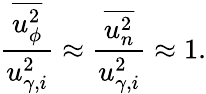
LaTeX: \frac{\overline{{u_{\phi}^{2}}}}{u_{\gamma,i}^{2}}\approx\frac{\overline{{u_{n}^{2}}}}{u_{\gamma,i}^{2}}\approx 1.